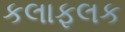
કલાફલક